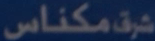
مكناس شرق